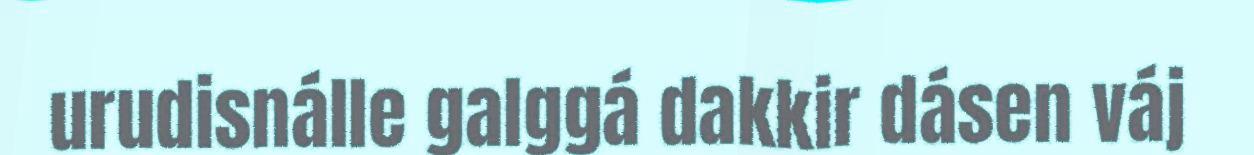
urudisnálle galggá dakkir dásen váj